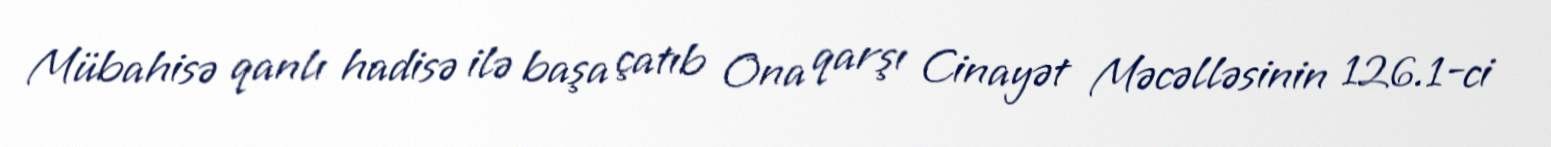
Mübahisə qanlı hadisə ilə başa çatıb Ona qarşı Cinayət Məcəlləsinin 126.1-ci